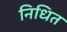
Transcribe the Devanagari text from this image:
निधित